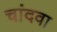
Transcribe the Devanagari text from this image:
चांदवा